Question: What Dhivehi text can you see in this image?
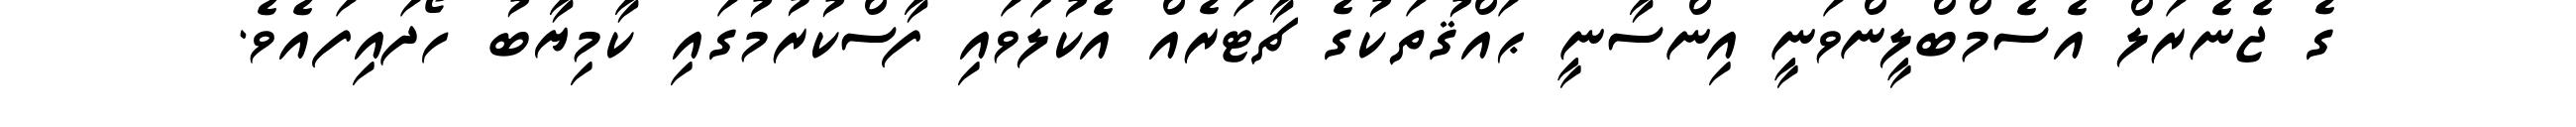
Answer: ގެ ޖެނެރަލް އެސެމްބްލީންވަނީ އިންސާނީ ޙައްޤުތަކުގެ ޗާޓަރެއް އެކުލަވައި ފާސްކުރުމުގައި ކާމިޔާބު ހޯދައިފައެވެ.